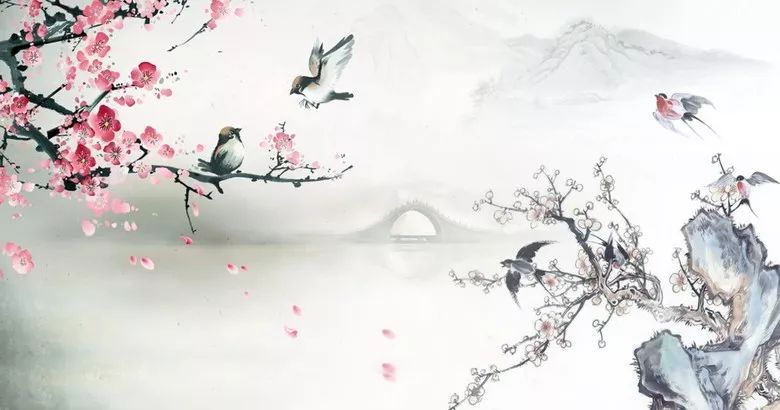
莫道桑榆晚，为霞尚满天。